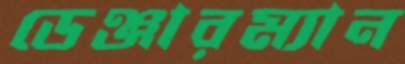
ডেঞ্জারম্যান